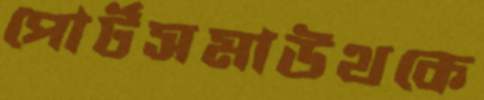
পোর্টসমাউথকে